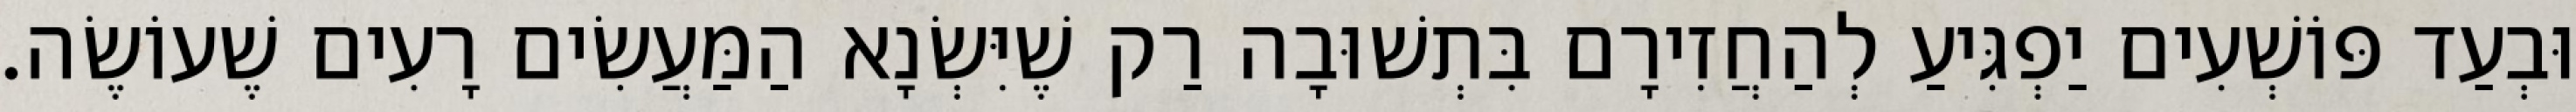
וּבְעַד פּוֹשְׁעִים יַפְגִּיעַ לְהַחֲזִירָם בִּתְשׁוּבָה רַק שֶׁיִּשְׂנָא הַמַּעֲשִׂים רָעִים שֶׁעוֹשֶׂה.